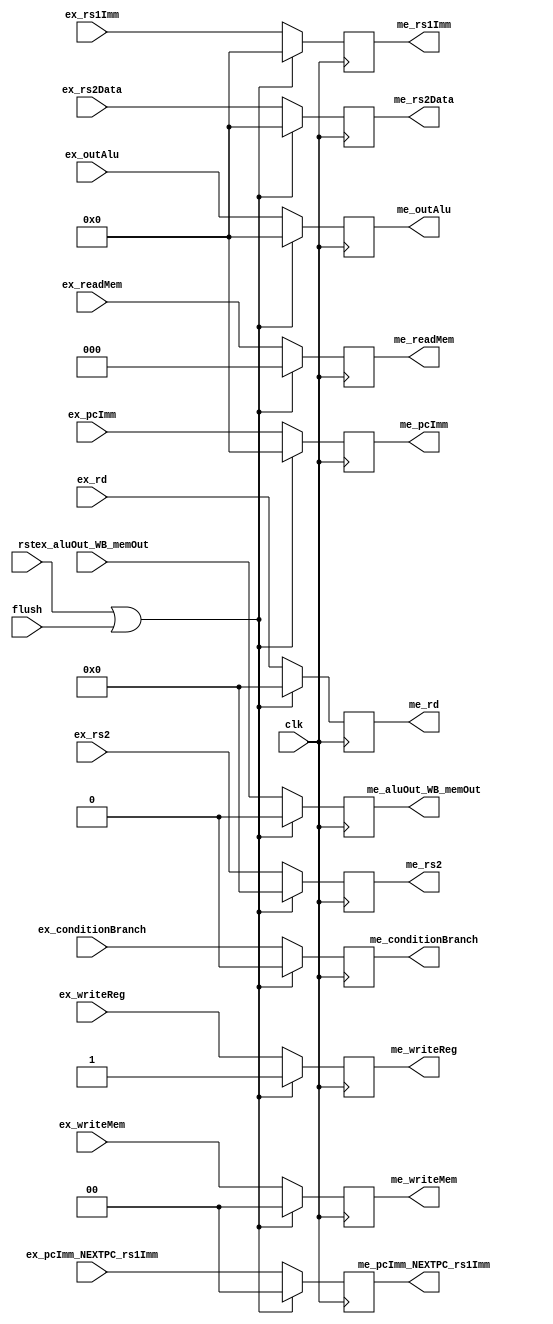
module ex_me(
    input clk, rst, flush,

    input ex_aluOut_WB_memOut,
    input ex_writeReg,
    input [1: 0] ex_writeMem,
    input [2: 0] ex_readMem,
    input [1: 0] ex_pcImm_NEXTPC_rs1Imm,
    input ex_conditionBranch,
    input [31: 0] ex_pcImm,
    input [31: 0] ex_rs1Imm,
    input [31: 0] ex_outAlu,
    input [31: 0] ex_rs2Data,
    input [4: 0] ex_rd,
    input [4: 0] ex_rs2,

    output reg me_aluOut_WB_memOut,
    output reg me_writeReg,
    output reg [1: 0] me_writeMem,
    output reg [2: 0] me_readMem,
    output reg [1: 0] me_pcImm_NEXTPC_rs1Imm,
    output reg me_conditionBranch,
    output reg [31: 0] me_pcImm,
    output reg [31: 0] me_rs1Imm,
    output reg [31: 0] me_outAlu,
    output reg [31: 0] me_rs2Data,
    output reg [4: 0] me_rd,
    output reg [4: 0] me_rs2
);

always @(posedge clk) begin
    if(rst || flush) begin
        me_aluOut_WB_memOut = 1'b0;
        me_writeReg = 1'b1;
        me_writeMem = 2'b00;
        me_readMem = 3'b000;
        me_pcImm_NEXTPC_rs1Imm = 2'b00;
        me_conditionBranch = 1'b0;
        me_pcImm = 32'd0;
        me_rs1Imm = 32'd0;
        me_outAlu = 32'd0;
        me_rs2Data = 32'd0;
        me_rd = 5'd0;
        me_rs2 = 5'd0;
    end else begin
        me_aluOut_WB_memOut <= ex_aluOut_WB_memOut;
        me_writeReg <= ex_writeReg;
        me_writeMem <= ex_writeMem;
        me_readMem <= ex_readMem;
        me_pcImm_NEXTPC_rs1Imm <= ex_pcImm_NEXTPC_rs1Imm;
        me_conditionBranch <= ex_conditionBranch;
        me_pcImm <= ex_pcImm;
        me_rs1Imm <= ex_rs1Imm;
        me_outAlu <= ex_outAlu;
        me_rs2Data <= ex_rs2Data;
        me_rd <= ex_rd;
        me_rs2 <= ex_rs2;
    end
    
end

endmodule